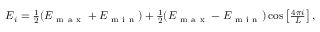
\begin{array} { r } { E _ { i } = \frac { 1 } { 2 } ( E _ { \mathrm { ~ m ~ a ~ x ~ } } + E _ { \mathrm { ~ m ~ i ~ n ~ } } ) + \frac { 1 } { 2 } ( E _ { \mathrm { ~ m ~ a ~ x ~ } } - E _ { \mathrm { ~ m ~ i ~ n ~ } } ) \cos \left[ \frac { 4 \pi i } { L } \right] , } \end{array}